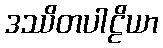
ဒဿိတပါဠိယာ